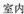
室内